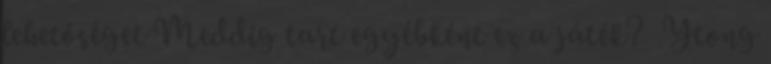
lehetőséget Meddig tart egyébként ez a játék? Ytong